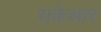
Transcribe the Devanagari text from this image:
सकेसार